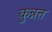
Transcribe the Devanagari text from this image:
कुन्नत्त